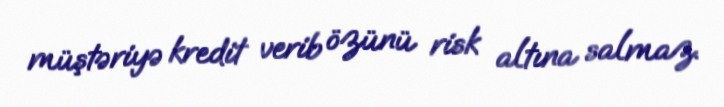
müştəriyə kredit verib özünü risk altına salmaz.